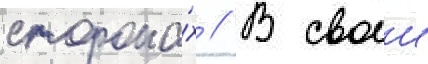
сторона́х // В своеи